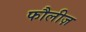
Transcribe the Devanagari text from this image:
फौलीज़